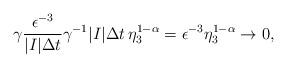
LaTeX: \begin{align*}\gamma\frac{\epsilon^{-3}}{|I|\Delta t}\gamma^{-1}|I|\Delta t\,\eta_3^{1-\alpha}=\epsilon^{-3}\eta_3^{1-\alpha}\to 0,\end{align*}